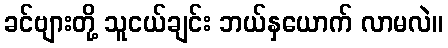
ခင်ဗျားတို့ သူငယ်ချင်း ဘယ်နှယောက် လာမလဲ။